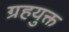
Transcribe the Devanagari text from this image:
ग्रहयुक्त